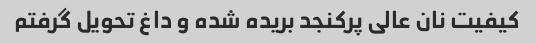
کیفیت نان عالی پرکنجد بریده شده و داغ تحویل گرفتم